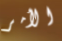
الأمر